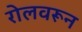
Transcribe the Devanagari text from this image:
रोलवरून